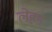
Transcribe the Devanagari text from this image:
लेहन